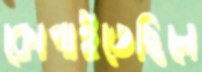
কোপাইতেছিলে